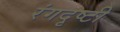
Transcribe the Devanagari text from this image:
रंगदृष्टी